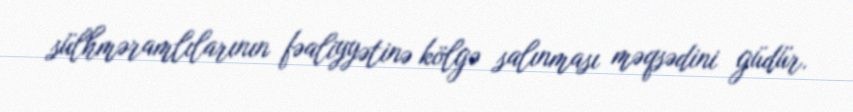
sülhməramlılarının fəaliyyətinə kölgə salınması məqsədini güdür.